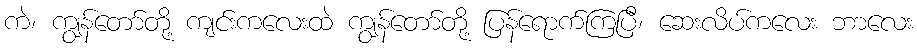
ကဲ၊ ကျွန်တော်တို့ ကျင်းကလေးထဲ ကျွန်တော်တို့ ပြန်ရောက်ကြပြီ၊ ဆေးလိပ်ကလေး ဘာလေး